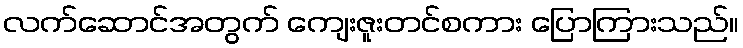
လက်ဆောင်အတွက် ကျေးဇူးတင်စကား ပြောကြားသည်။